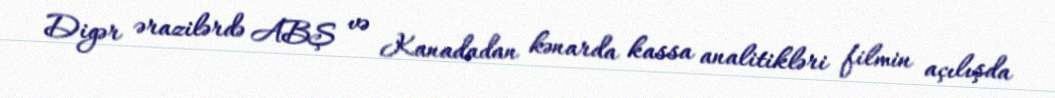
Digər ərazilərdə ABŞ və Kanadadan kənarda kassa analitikləri filmin açılışda